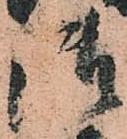
御